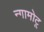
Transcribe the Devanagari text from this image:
न्गामोटू